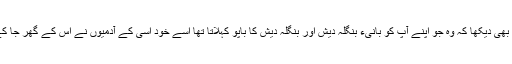
لوگوں نے یہ بھی دیکھا کہ وہ جو اپنے آپ کو بانیء بنگلہ دیش اور بنگلہ دیش کا باپو کہلاتا تھا اسے خود اسی کے آدمیوں نے اس کے گھر جا کے قتل کردیا ۔